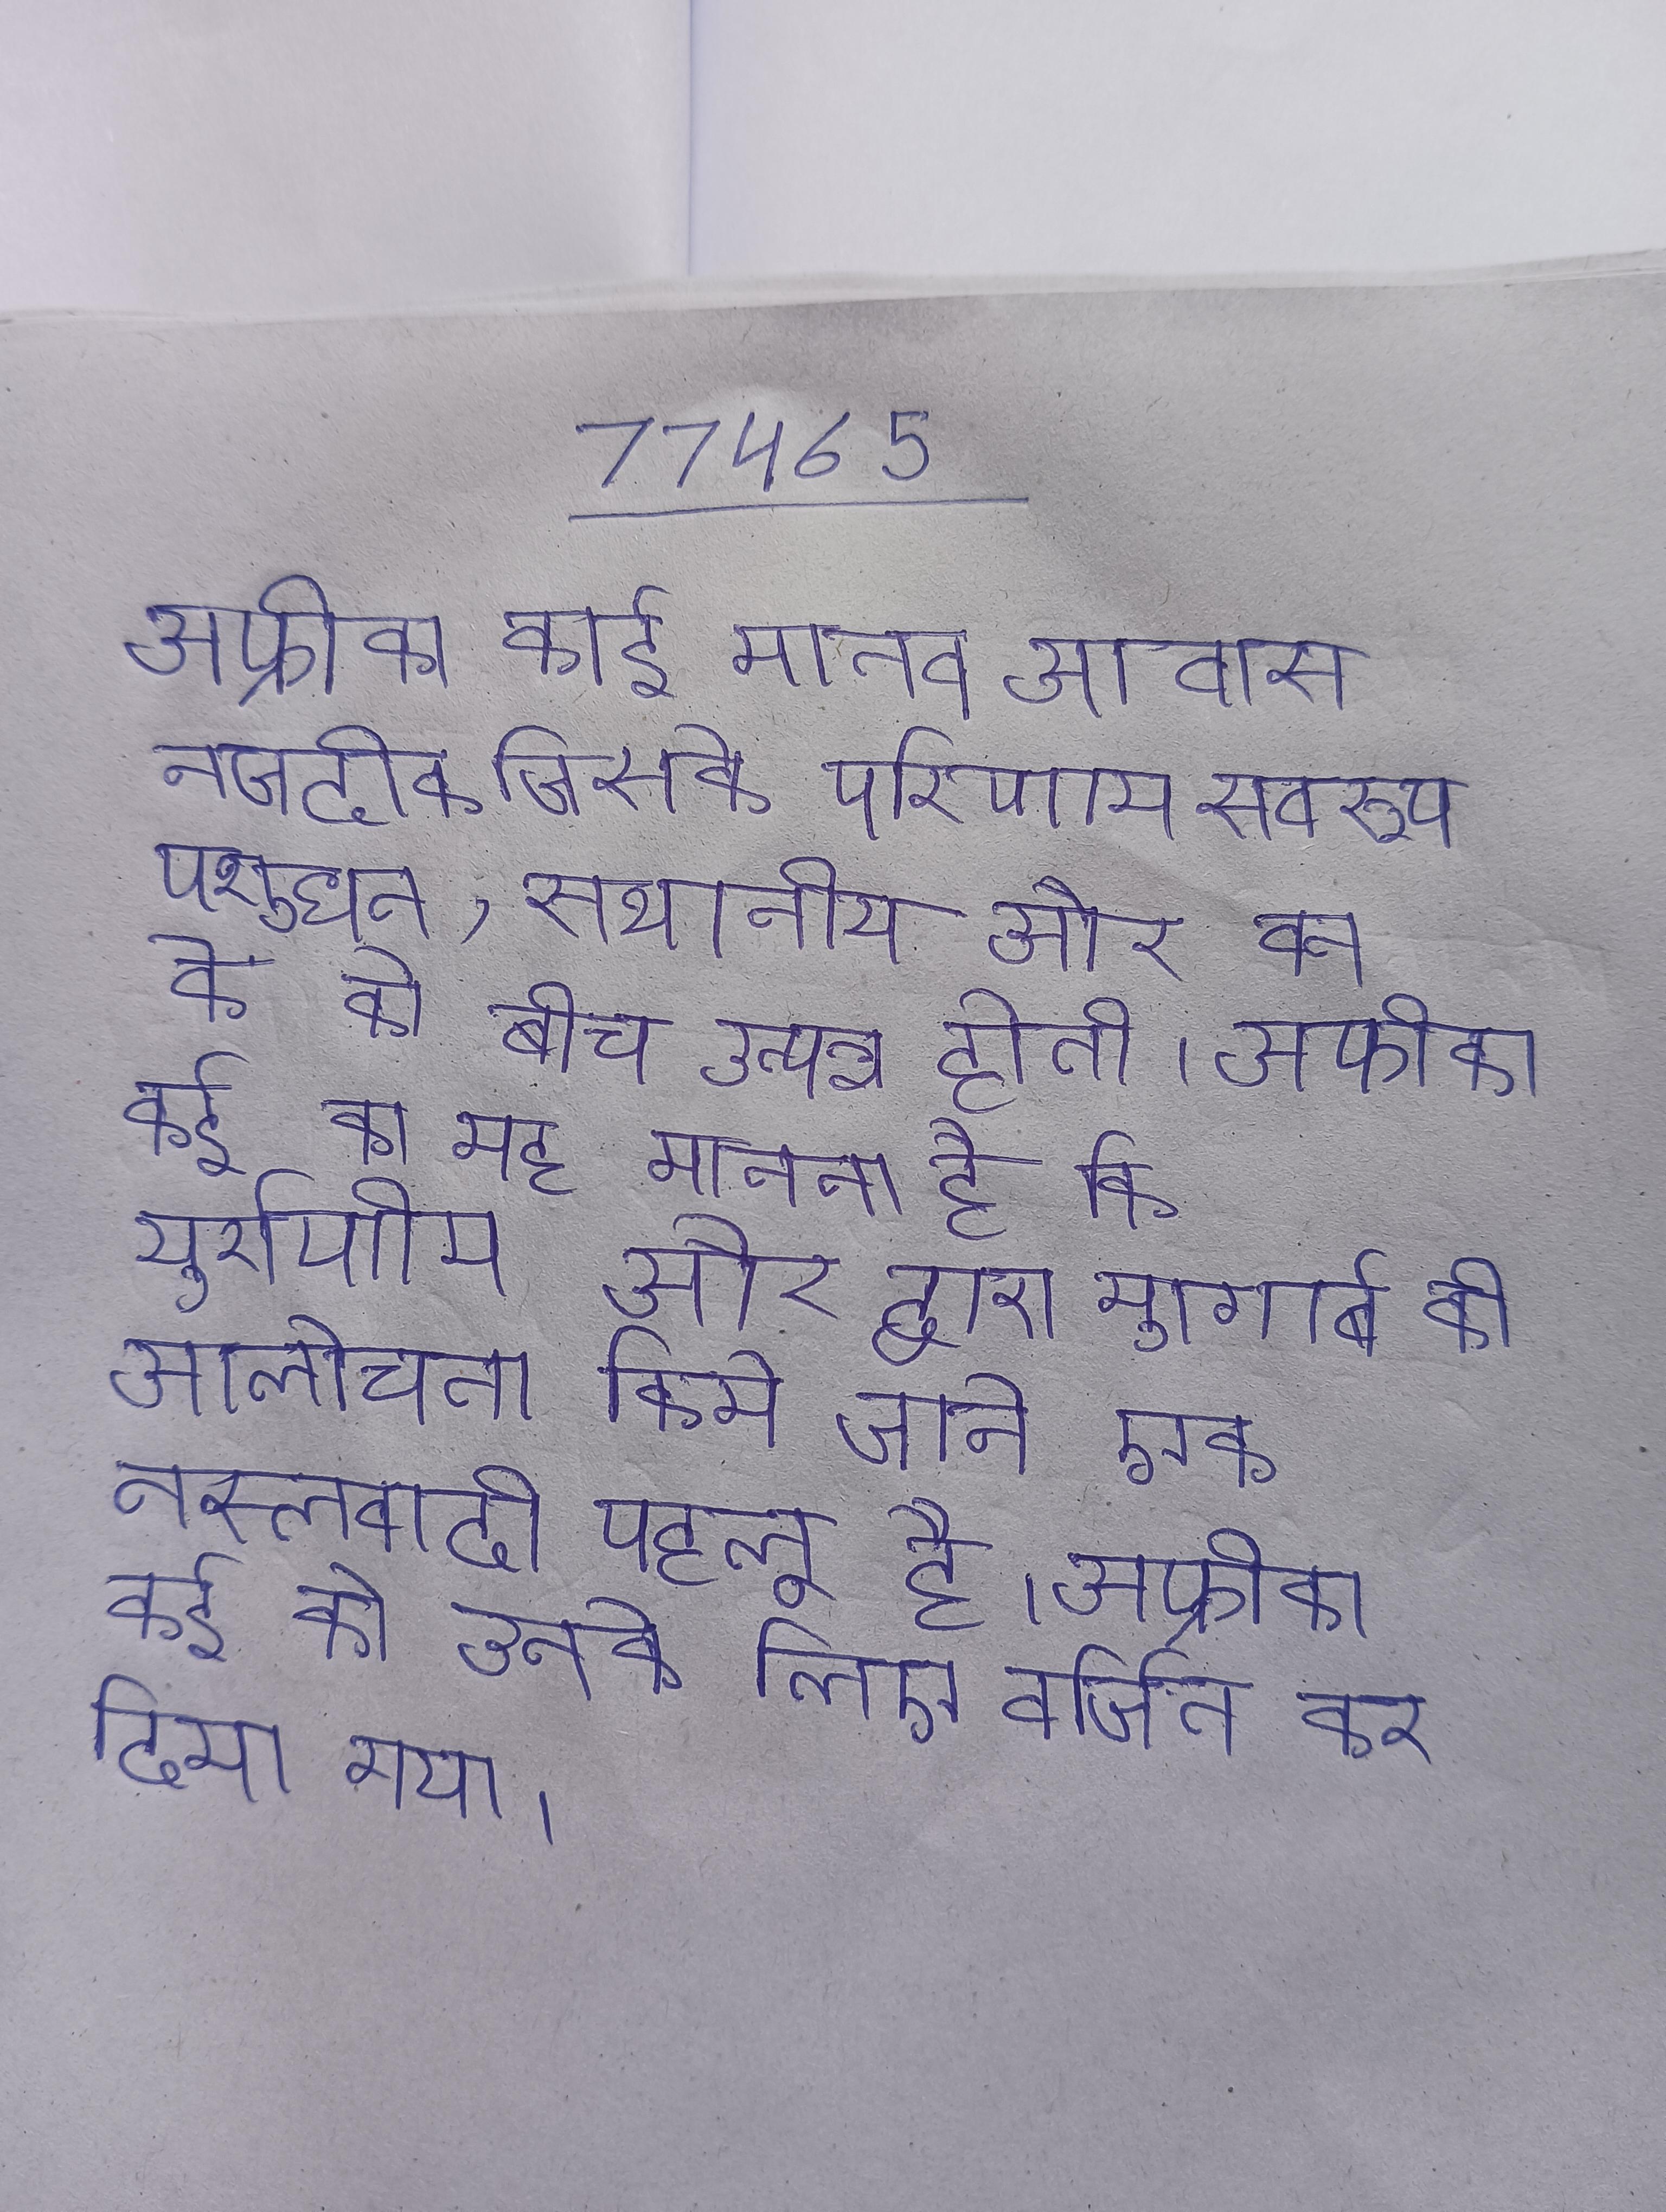
अफ्रीका कई मानव आवास नजदीक जिसके परिणाम स्वरुप पशुधन, स्थानीय और वन के के बीच उत्पन्न होती । अफ्रीका कई का यह मानना है कि यूरोपीय और द्वारा मुगाबे की आलोचना किये जाने एक नस्लवादी पहलू है । अफ्रीका कई को उनके लिए वर्जित कर दिया गया ।